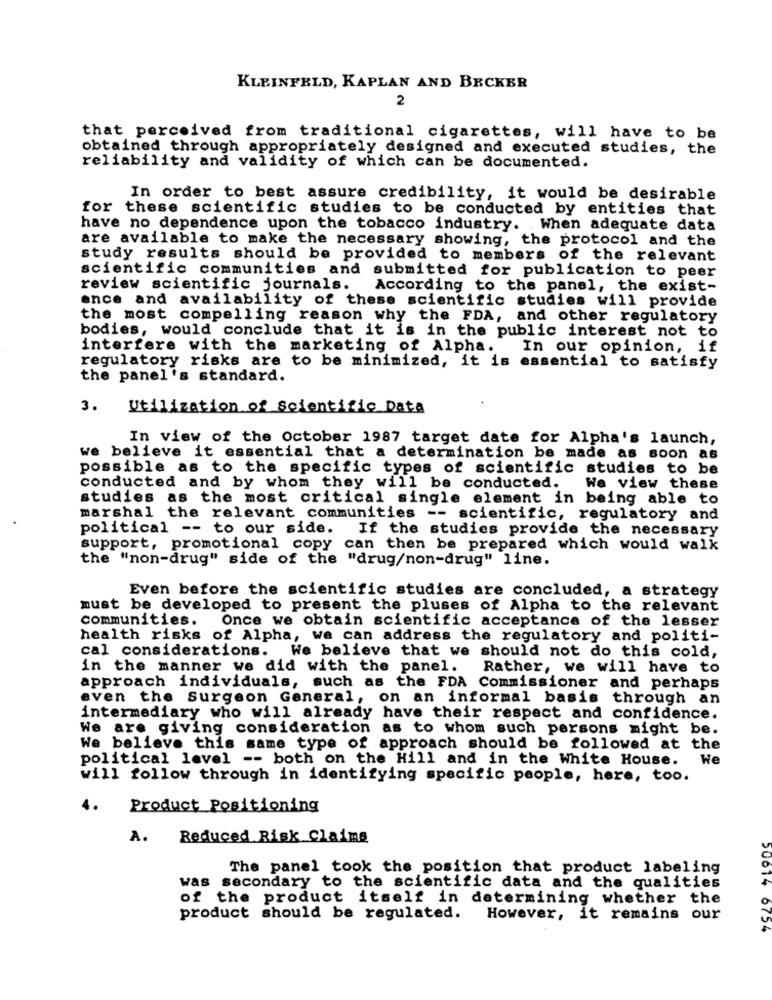
KLEINFELD, KAPLAN AND BECKER
2
that perceived from traditional cigarettes, will have to be
obtained through appropriately designed and executed studies, the
reliability and validity of which can be documented.
In order to best assure credibility, it would be desirable
for these scientific studies to be conducted by entities that
have no dependence upon the tobacco industry. When adequate data
are available to make the necessary showing, the protocol and the
study results should be provided to members of the relevant
scientific communities and submitted for publication to peer
review scientific journals.
According to the panel, the exist-
ence and availability of these scientific studies will provide
the most compelling reason why the FDA, and other regulatory
bodies, would conclude that it is in the public interest not to
interfere with the marketing of Alpha.
In our opinion, if
regulatory risks are to be minimized, it is essential to satisfy
the panel's standard.
3.
Utilization of Scientific Data
In view of the October 1987 target date for Alpha's launch,
we believe it essential that a determination be made as soon as
possible as to the specific types of scientific studies to be
conducted and by whom they will be conducted.
We view these
studies as the most critical single element in being able to
marshal the relevant communities -- scientific, regulatory and
political -- to our side.
If the studies provide the necessary
support, promotional copy can then be prepared which would walk
the "non-drug" side of the "drug/non-drug" line.
Even before the scientific studies are concluded, a strategy
must be developed to present the pluses of Alpha to the relevant
communities.
Once we obtain scientific acceptance of the lesser
health risks of Alpha, we can address the regulatory and politi-
cal considerations. We believe that we should not do this cold,
in the manner we did with the panel.
Rather, we will have to
approach individuals, such as the FDA Commissioner and perhaps
even the Surgeon General, on an informal basis through an
intermediary who will already have their respect and confidence.
We are giving consideration as to whom such persons might be.
We believe this same type of approach should be followed at the
political level -- both on the Hill and in the White House. We
will follow through in identifying specific people, here, too.
4.
Product Positioning
A.
Reduced Risk Claims
The panel took the position that product labeling
was secondary to the scientific data and the qualities
of the product itself in determining whether the
product should be regulated.
However, it remains our
50014 6754